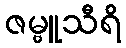
ဇမ္ဗူသီရိ